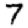
Digit: 7